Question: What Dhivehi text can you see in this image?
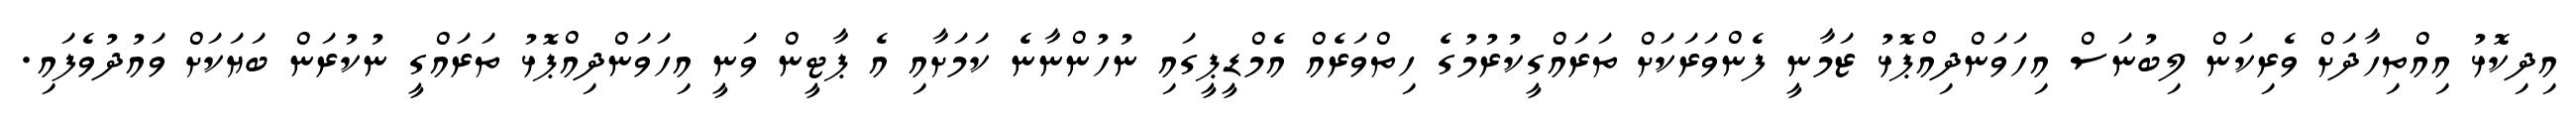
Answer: އިދިކޮޅު އިއްތިހާދަށް ވެރިކަން ލިބުނަސް އިހަވަންދިއްޕޮޅު ޒަމާނީ ފެންވަރަކަށް ތަރައްގީކުރުމުގެ ހިތްވަރެއް އެމްޑީޕީގައި ނުހުންނާނެ ކަމަށާއި އެ ޕާޓީން ވަނީ އިހަވަންދިއްޕޮޅު ތަރައްގީ ނުކުރަން ބަޔަކަށް ވައުދުވެފައި.